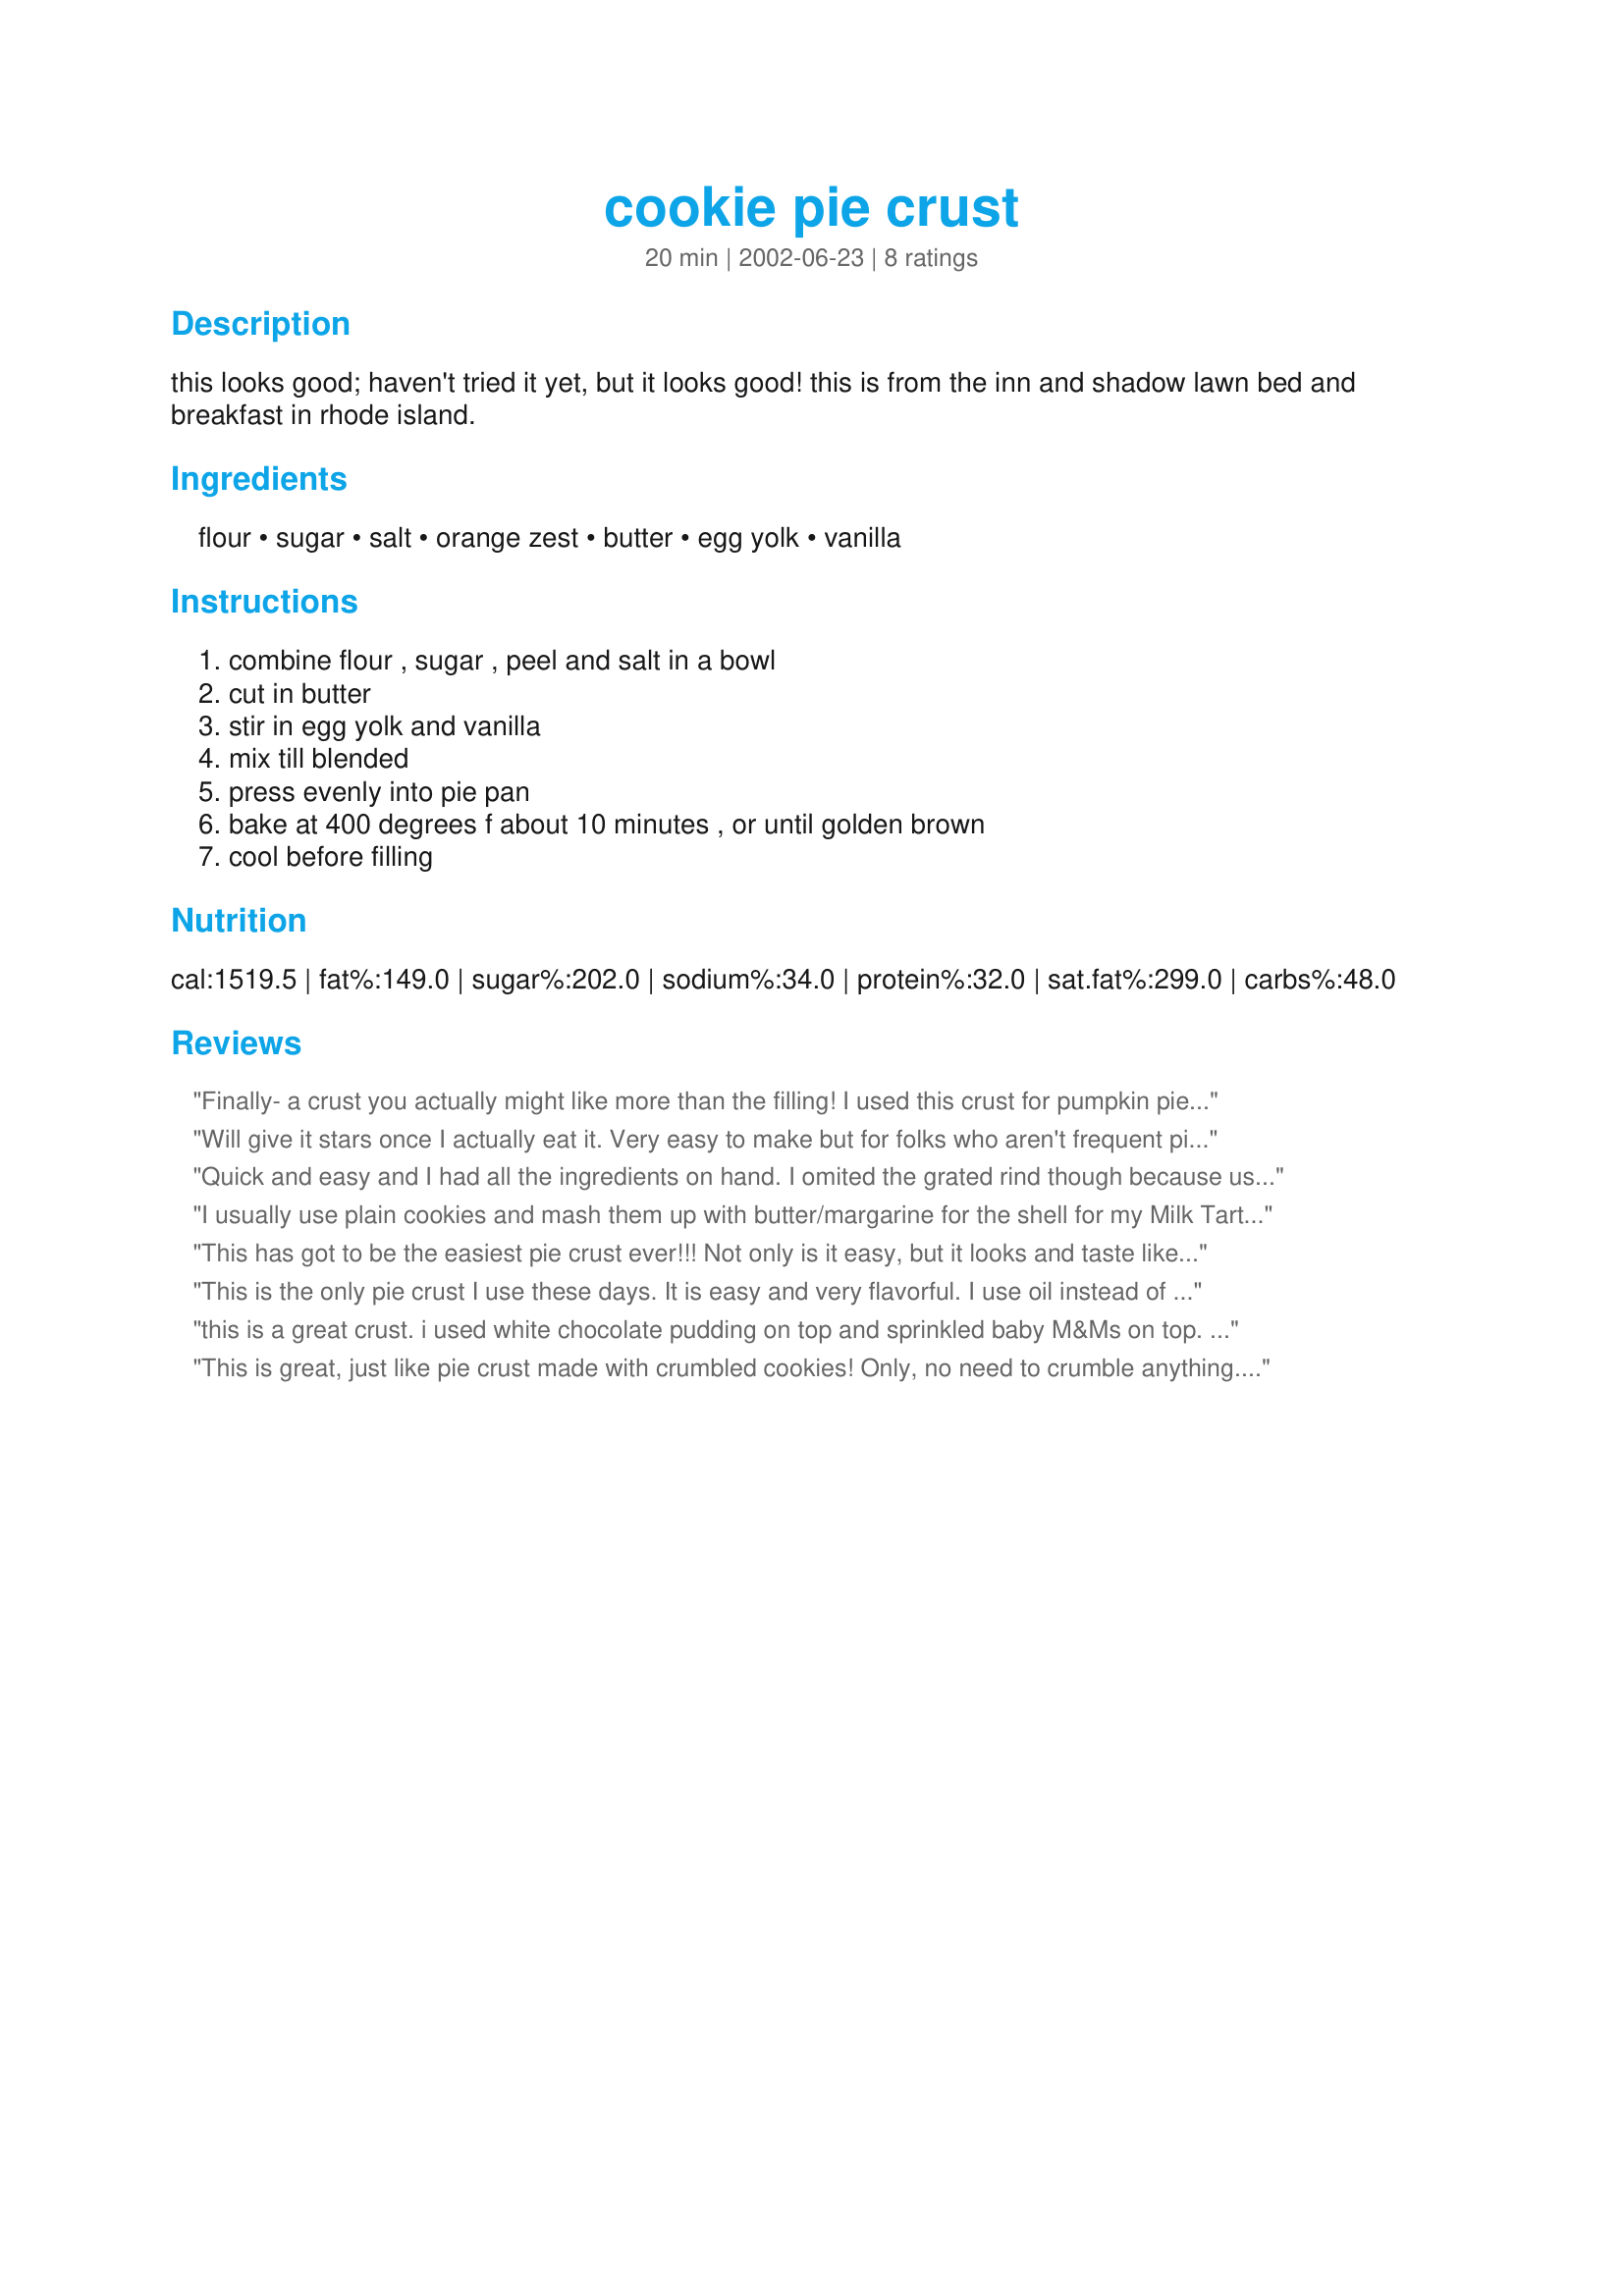
cookie pie crust
Preparation time: 20 minutes

this looks good; haven't tried it yet, but it looks good! this is from the inn and shadow lawn bed and breakfast in rhode island.

Ingredients:
flour, sugar, salt, orange zest, butter, egg yolk, vanilla

Steps:
combine flour , sugar , peel and salt in a bowl, cut in butter, stir in egg yolk and vanilla, mix till blended, press evenly into pie pan, bake at 400 degrees f about 10 minutes , or until golden brown, cool before filling

Reviews:
Finally- a crust you actually might like more than the filling! I used this crust for pumpkin pie as a substitute for graham cracker crust. Outstanding! I will use this recipe in all my pies from now on! It was very easy and made the house smell terrific! Thanks for sharing!
Will give it stars once I actually eat it. Very easy to make but for folks who aren't frequent pie makers here are 2 pieces of input: cover your crust after it initially turns a bit golden or it will burn; and 1/2c butter is 1 stick. On the latter, I'm glad I closely read the stick 'cause I thought it was 2 sticks (8oz). Mine was quite crisp...but I could taste how it could be cookie-like if not overdone. The Pumpkin puree said not to prebake the crust and to put it in at 425 for 15min then 350 for 40-50 min. Good overall but didn't come out how I'd hoped.
Quick and easy and I had all the ingredients on hand. I omited the grated rind though because used with a caramel tart. Will be making again thank-you meow...
I usually use plain cookies and mash them up with butter/margarine for the shell for my Milk Tart (South African tart.) Since I had no cookies on hand I decided to try this and it was a wonderful substitute. Crumbly and with just enough sweetness for a sweet tart. It was a little challenging to press it evenly into the pan, but that's to be expected with this kind of shell/crust. Thank you Meow!
This has got to be the easiest pie crust ever!!! Not only is it easy, but it looks and taste like you've spent all day in the kitchen. Plan on using this recipe again. Thanks : )
This is the only pie crust I use these days. It is easy and very flavorful. I use oil instead of butter. I've substituted oatmeal for half the flour for a nutty flavor.
this is a great crust. i used white chocolate pudding on top and sprinkled baby M&Ms on top. The crust taste like shortbread/vanilla waffer mix. My 6 year old loved it. The sides slid down sightly so i will build them up higher next time. The crust didnt get soggy even after 3 days, it held together great and didnt get crumbly. Ill try a pumkin pie next time. Thanks so much for the recipe :)
This is great, just like pie crust made with crumbled cookies! Only, no need to crumble anything. I used 1/2 cup whole wheat flour to give it that graham cookie flavor, and it was just like the real thing! I didnÂ´t use the rind this time, but for some other pie I will!
